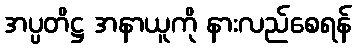
အပ္ပတိဋ္ဌ အနာယူကို နားလည်စေရန်